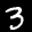
Label: 3